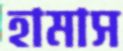
হামাস